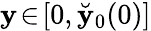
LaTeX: \mathbf{y}\! \in\! [0,\breve{{\mathbf{y}}}_{0}(0)]